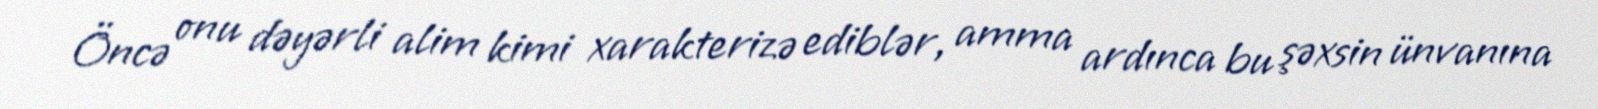
Öncə onu dəyərli alim kimi xarakterizə ediblər, amma ardınca bu şəxsin ünvanına